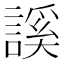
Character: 謑